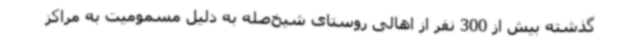
گذشته بیش از 300 نفر از اهالی روستای شیخ‌صله به دلیل مسمومیت به مراکز